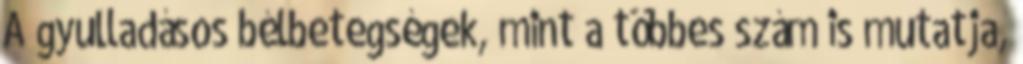
A gyulladásos bélbetegségek, mint a többes szám is mutatja,